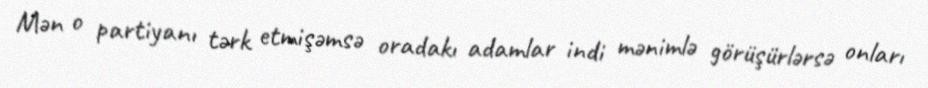
Mən o partiyanı tərk etmişəmsə oradakı adamlar indi mənimlə görüşürlərsə onları